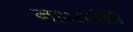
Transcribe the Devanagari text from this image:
महासभेशी